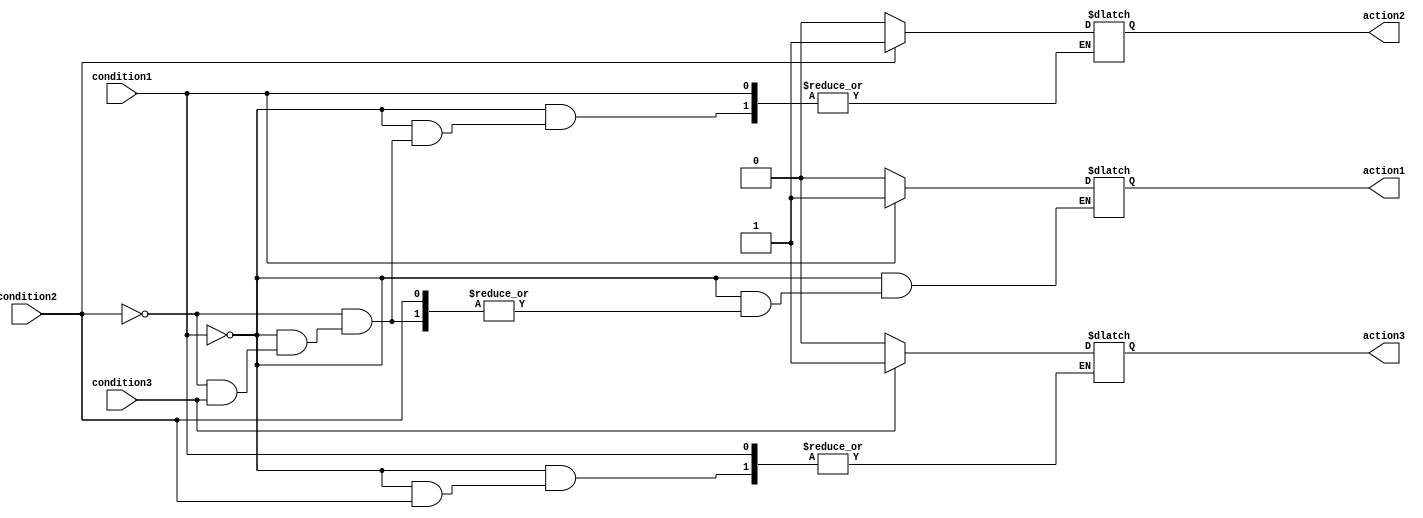
module if_else_block (
    input wire condition1,
    input wire condition2,
    input wire condition3,
    output reg action1,
    output reg action2,
    output reg action3
);

always @* begin
    if (condition1) begin
        action1 = 1'b1; // Perform action 1 if condition 1 is true
    end else if (condition2) begin
        action2 = 1'b1; // Perform action 2 if condition 2 is true
    end else if (condition3) begin
        action3 = 1'b1; // Perform action 3 if condition 3 is true
    end else begin
        action1 = 1'b0; // Default action if no condition is true
        action2 = 1'b0;
        action3 = 1'b0;
    end
end

endmodule